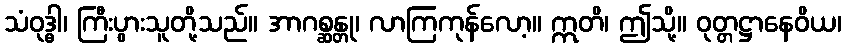
သံဝုဒ္ဓါ၊ ကြီးပွားသူတို့သည်။ အာဂစ္ဆန္တု၊ လာကြကုန်လော့။ ဣတိ၊ ဤသို့။ ဝုတ္တဋ္ဌာနေဝိယ၊